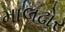
માલઢોર